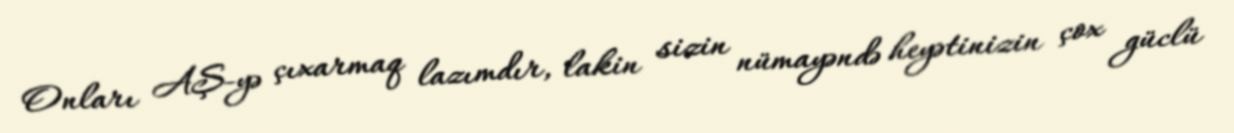
Onları AŞ-yə çıxarmaq lazımdır, lakin sizin nümayəndə heyətinizin çox güclü